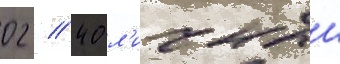
02 // 40 л'ичныи